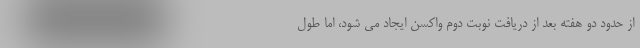
از حدود دو هفته بعد از دریافت نوبت دوم واکسن ایجاد می شود، اما طول